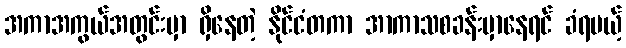
အကာအကွယ်အတွင်းမှာ ရှိနေတဲ့ နိုင်ငံတကာ အာကာသစခန်းမှာနေရင် ခံရမယ့်